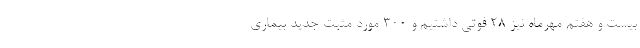
بیست و هفتم مهرماه نیز 28 فوتی داشتیم و 300 مورد مثبت جدید بیماری